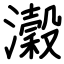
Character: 瀔